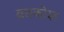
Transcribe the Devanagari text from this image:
व्रतकोश